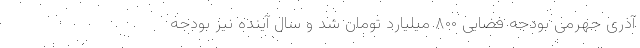
آذری جهرمی بودجه فضایی ۸۰۰ میلیارد تومان شد و سال آینده نیز بودجه